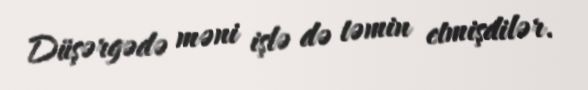
Düşərgədə məni işlə də təmin etmişdilər.